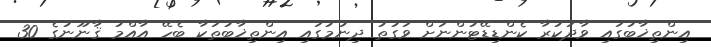
އިންތިޚާބުގައި ވާދަކުރާ ކެންޑިޑޭޓުންނަށް ވަގުތު ދިނުމުގައި އިންތިޚާބުތަކާ ބެހޭ އާއްމު ޤާނޫނުގެ 30